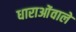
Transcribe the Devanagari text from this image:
धाराओंवाले